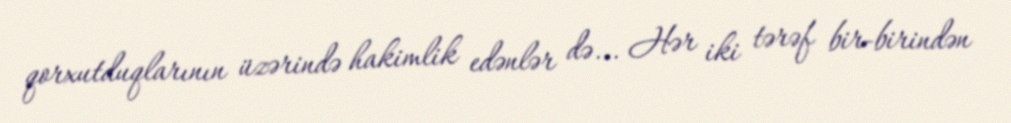
qorxutduqlarının üzərində hakimlik edənlər də... Hər iki tərəf bir-birindən